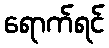
ရောက်ရင်